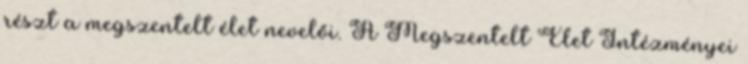
részt a megszentelt élet nevelői. A Megszentelt Élet Intézményei